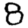
Digit: 8